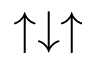
\uparrow \downarrow \uparrow